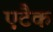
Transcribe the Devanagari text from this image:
एटैक